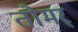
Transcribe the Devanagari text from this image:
तोमर्